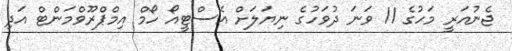
ޖެނުއަރީ މަހުގެ 11 ވަނަ ދުވަހުގެ ނިޔަލަށް އެސްޓީއޯ ހޯމް އިމްޕްރޫވްމަންޓް އަދި